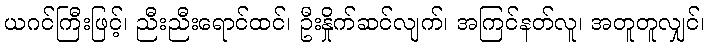
ယဂင်ကြီးဖြင့်၊ ညီးညီးရောင်ထင်၊ ဦးနှိုက်ဆင်လျက်၊ အကြင်နတ်လူ၊ အတူတူလျှင်၊